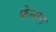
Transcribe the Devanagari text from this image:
फेन्सम